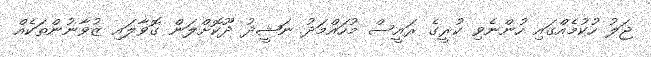
ޖަލު ހުކުމެއްގައި ހުންނެވި ކުރީގެ ރައީސް މުހައްމަދު ނަޝީދު ދޫކޮށްލަން ގޮވާލައި ޒުވާނުންތަކެއް